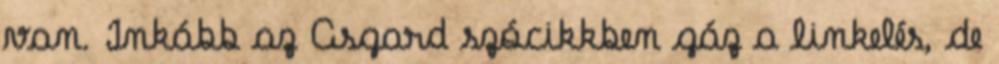
van. Inkább az Asgard szócikkben gáz a linkelés, de